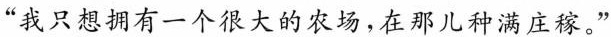
“我只想拥有一个很大的农场，在那儿种满庄稼。”